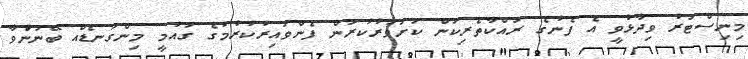
މިނިސްޓަރު ވިދާޅުވީ އެ ފެނުގެ ރައްކާތެރިކަން ކަށަވަރުކުރަން ފެންވައިރުކުރުމުގެ ގައުމީ މިންގަނޑެއް ބޭނުންުވާ